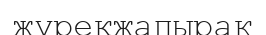
жүрекжапырақ